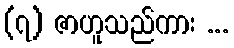
(၇) ဇာဟူသည်ကား ...